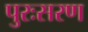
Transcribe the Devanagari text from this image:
पुरःसरण